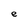
Character: e